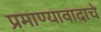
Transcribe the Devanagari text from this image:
प्रमाण्यावादाचे